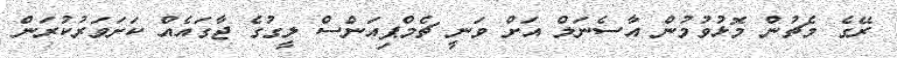
ރޭގެ މެޗުން މޮޅުވުމުން އާސެނަލް އަށް ވަނީ ޗެމްޕިއަންސް ލީގުގެ ޖާގައެއް ކަށަވަރުކުރަން